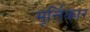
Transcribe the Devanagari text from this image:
मूर्त्तिकार